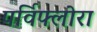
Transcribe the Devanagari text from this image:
पर्विफ्लोरा